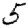
Digit: 5